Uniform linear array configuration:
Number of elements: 48
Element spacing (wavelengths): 1
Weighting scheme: hann
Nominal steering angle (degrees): -60
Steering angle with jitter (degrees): -58.851
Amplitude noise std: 0.05
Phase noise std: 0.05

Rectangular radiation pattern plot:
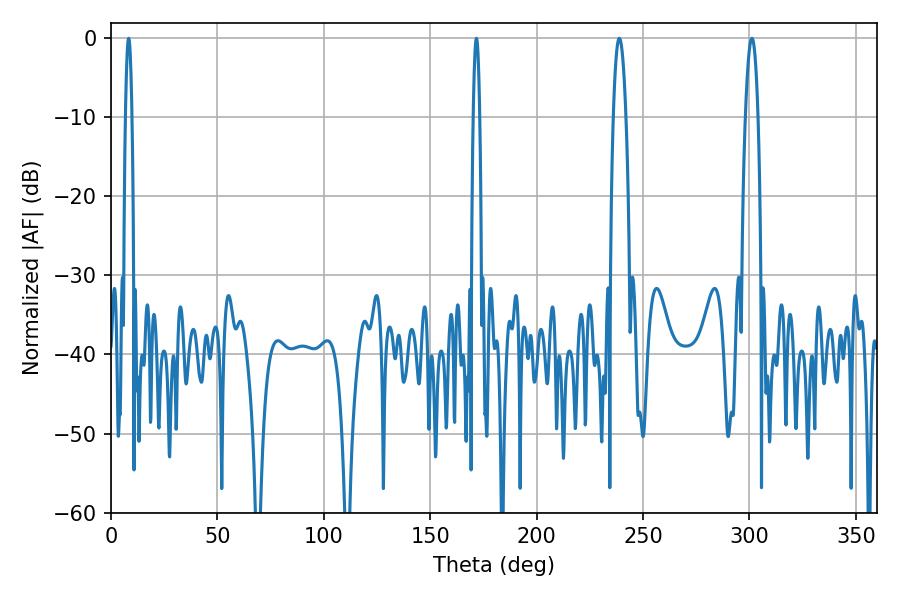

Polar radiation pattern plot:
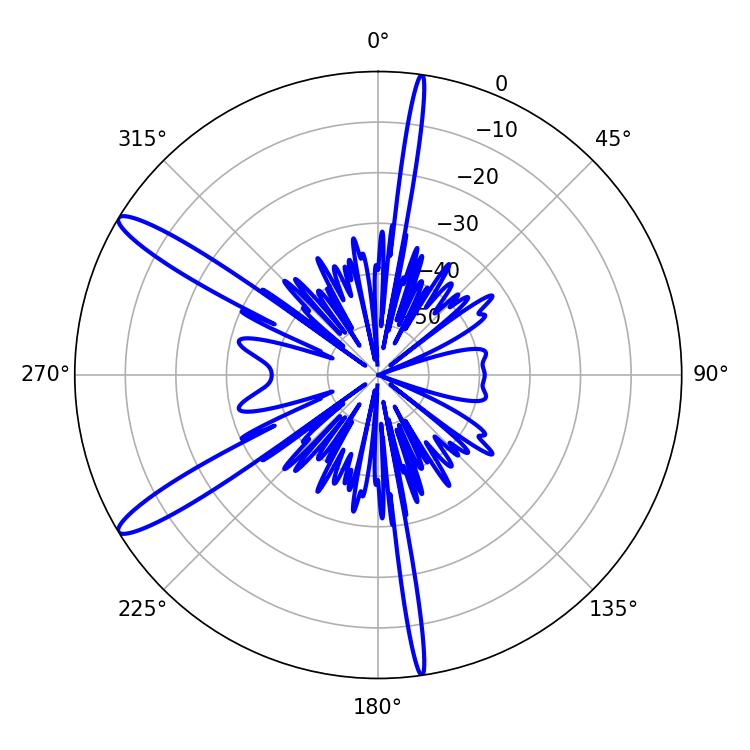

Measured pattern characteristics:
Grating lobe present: TRUE
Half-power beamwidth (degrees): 3.24
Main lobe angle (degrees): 238.86